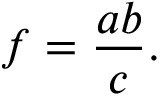
f = { \frac { a b } { c } } .